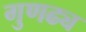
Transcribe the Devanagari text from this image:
गुणढ्य